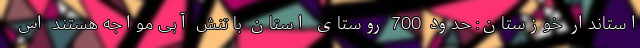
استاندار خوزستان: حدود 700 روستای استان با تنش آبی مواجه هستند اس